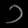
Digit: ၁